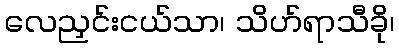
လေညှင်းငယ်သာ၊ သိဟ်ရာသီခို၊